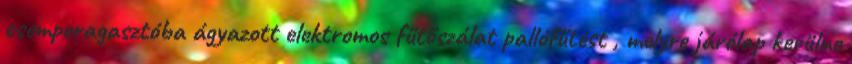
csemperagasztóba ágyazott elektromos fűtőszálat pallófűtést , melyre járólap kerülne